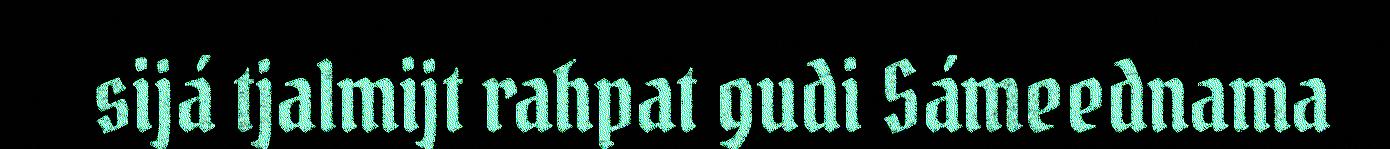
sijá tjalmijt rahpat gudi Sámeednama